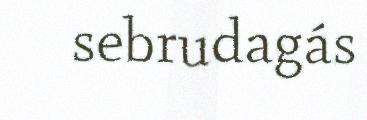
sebrudagás